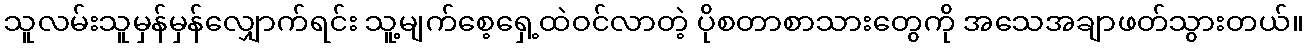
သူလမ်းသူမှန်မှန်လျှောက်ရင်း သူ့မျက်စေ့ရှေ့ထဲဝင်လာတဲ့ ပိုစတာစာသားတွေကို အသေအချာဖတ်သွားတယ်။